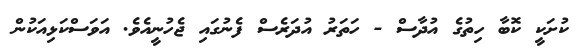
ކުށަކީ ކޮބާ ހިތުގެ އުދާސް - ހަތަރު އުދަރެސް ފެނުގައި ޖެހުނީއެވެ. އަވަސްކަޅިއަކުން